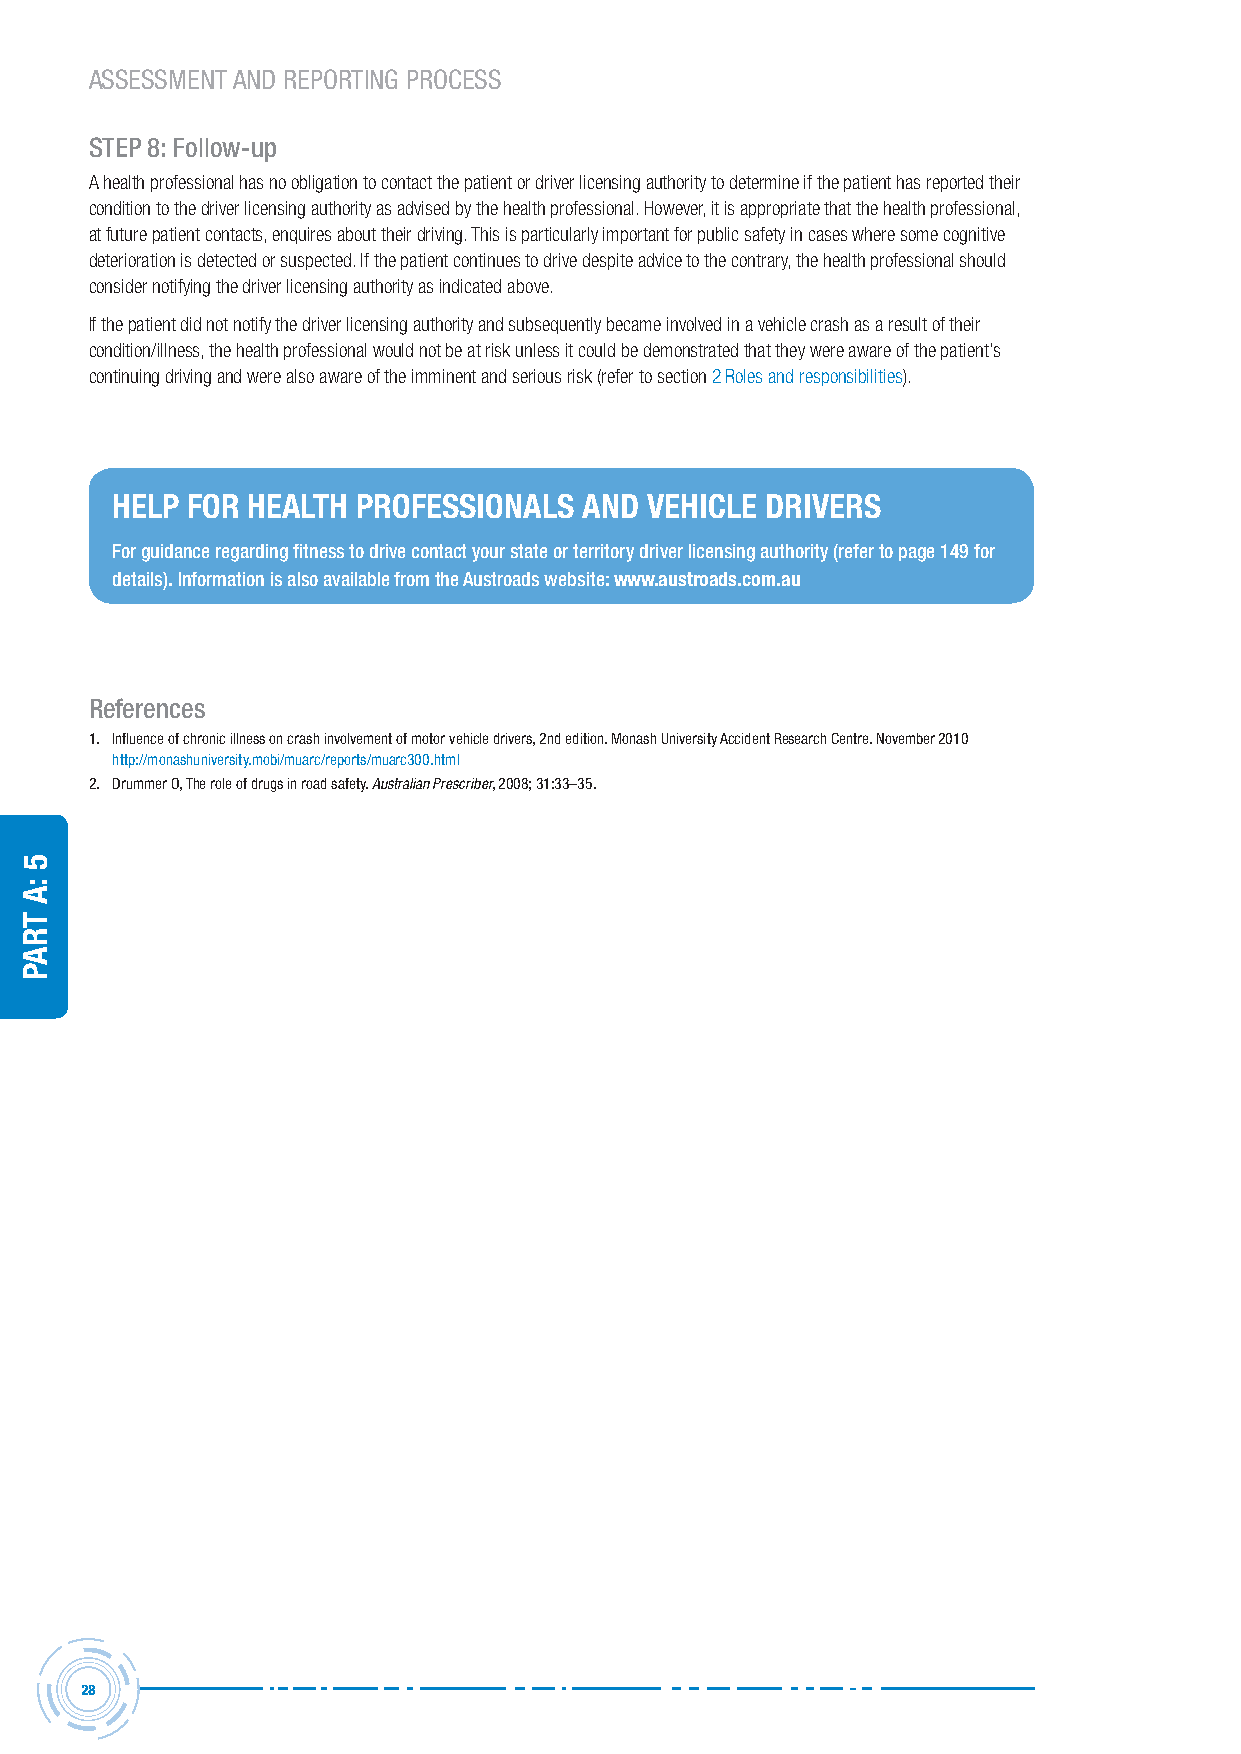
ASSESSMENT AND REPORTING PROCESS
 steP 8: Follow-up
 A health professional has no obligation to contact the patient or driver licensing authority to determine if the patient has reported their
 condition to the driver licensing authority as advised by the health professional. However, it is appropriate that the health professional,
 at future patient contacts, enquires about their driving. This is particularly important for public safety in cases where some cognitive
 deterioration is detected or suspected. If the patient continues to drive despite advice to the contrary, the health professional should
 consider notifying the driver licensing authority as indicated above.
 If the patient did not notify the driver licensing authority and subsequently became involved in a vehicle crash as a result of their
 condition/illness, the health professional would not be at risk unless it could be demonstrated that they were aware of the patient’s
 continuing driving and were also aware of the imminent and serious risk (refer to section 2 Roles and responsibilities).
 HELP FOR HEALTH  PROFESSIONALS  AND VEHICLE DRIVERS
 For guidance regarding fitness to drive contact your state or territory driver licensing authority (refer to page 149 for
 details). information is also available from the Austroads website: www.austroads.com.au
 references
 1. Influence of chronic illness on crash involvement of motor vehicle drivers, 2nd edition. monash University accident research Centre. november 2010
 http://monashuniversity.mobi/muarc/reports/muarc300.html
 2. Drummer o, the role of drugs in road safety. Australian Prescriber, 2008; 31:33–35.
 28
 5
 :a
 traP